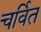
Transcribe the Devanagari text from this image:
चर्वित